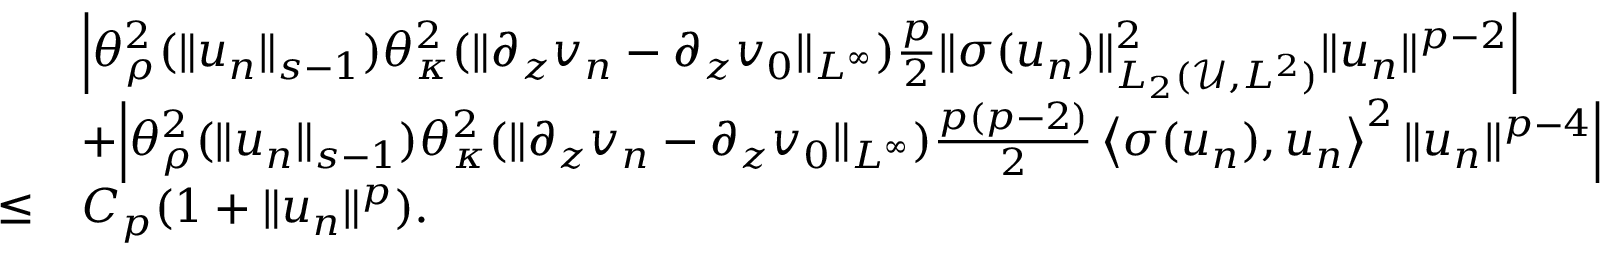
\begin{array} { r l } & { \Big | \theta _ { \rho } ^ { 2 } ( \| u _ { n } \| _ { s - 1 } ) \theta _ { \kappa } ^ { 2 } ( \| \partial _ { z } v _ { n } - \partial _ { z } v _ { 0 } \| _ { L ^ { \infty } } ) \frac p 2 \| \sigma ( u _ { n } ) \| _ { L _ { 2 } ( \mathscr U , L ^ { 2 } ) } ^ { 2 } \| u _ { n } \| ^ { p - 2 } \Big | } \\ & { + \Big | \theta _ { \rho } ^ { 2 } ( \| u _ { n } \| _ { s - 1 } ) \theta _ { \kappa } ^ { 2 } ( \| \partial _ { z } v _ { n } - \partial _ { z } v _ { 0 } \| _ { L ^ { \infty } } ) \frac { p ( p - 2 ) } { 2 } \left\langle \sigma ( u _ { n } ) , u _ { n } \right\rangle ^ { 2 } \| u _ { n } \| ^ { p - 4 } \Big | } \\ { \leq } & { C _ { p } ( 1 + \| u _ { n } \| ^ { p } ) . } \end{array}